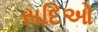
સદિઓ